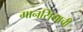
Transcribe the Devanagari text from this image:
मानसिंगाची